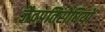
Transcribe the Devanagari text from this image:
जैवप्रतिरोधियों